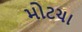
મોટચા